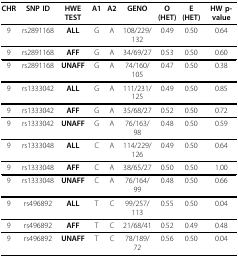
<table><thead><tr><td><b>CHR</b></td><td><b>SNP ID</b></td><td><b>HWE TEST</b></td><td><b>A1</b></td><td><b>A2</b></td><td><b>GENO</b></td><td><b>O(HET)</b></td><td><b>E(HET)</b></td><td><b>HW p-value</b></td></tr></thead><tbody><tr><td>9</td><td>rs2891168</td><td><b>ALL</b></td><td>G</td><td>A</td><td>108/229/132</td><td>0.49</td><td>0.50</td><td>0.64</td></tr><tr><td>9</td><td>rs2891168</td><td><b>AFF</b></td><td>G</td><td>A</td><td>34/69/27</td><td>0.53</td><td>0.50</td><td>0.60</td></tr><tr><td>9</td><td>rs2891168</td><td><b>UNAFF</b></td><td>G</td><td>A</td><td>74/160/105</td><td>0.47</td><td>0.50</td><td>0.38</td></tr><tr><td>9</td><td>rs1333042</td><td><b>ALL</b></td><td>G</td><td>A</td><td>111/231/125</td><td>0.49</td><td>0.50</td><td>0.85</td></tr><tr><td>9</td><td>rs1333042</td><td><b>AFF</b></td><td>G</td><td>A</td><td>35/68/27</td><td>0.52</td><td>0.50</td><td>0.72</td></tr><tr><td>9</td><td>rs1333042</td><td><b>UNAFF</b></td><td>G</td><td>A</td><td>76/163/98</td><td>0.48</td><td>0.50</td><td>0.59</td></tr><tr><td>9</td><td>rs1333048</td><td><b>ALL</b></td><td>C</td><td>A</td><td>114/229/126</td><td>0.49</td><td>0.50</td><td>0.64</td></tr><tr><td>9</td><td>rs1333048</td><td><b>AFF</b></td><td>C</td><td>A</td><td>38/65/27</td><td>0.50</td><td>0.50</td><td>1.00</td></tr><tr><td>9</td><td>rs1333048</td><td><b>UNAFF</b></td><td>C</td><td>A</td><td>76/164/99</td><td>0.48</td><td>0.50</td><td>0.66</td></tr><tr><td>9</td><td>rs496892</td><td><b>ALL</b></td><td>T</td><td>C</td><td>99/257/113</td><td>0.55</td><td>0.50</td><td>0.04</td></tr><tr><td>9</td><td>rs496892</td><td><b>AFF</b></td><td>T</td><td>C</td><td>21/68/41</td><td>0.52</td><td>0.49</td><td>0.48</td></tr><tr><td>9</td><td>rs496892</td><td><b>UNAFF</b></td><td>T</td><td>C</td><td>78/189/72</td><td>0.56</td><td>0.50</td><td>0.04</td></tr></tbody></table>